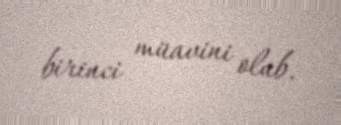
birinci müavini olub.